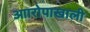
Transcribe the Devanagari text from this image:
आारोपाखाली